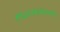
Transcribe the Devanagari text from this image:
पिढ्यांबाबतच्या